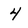
Character: 4